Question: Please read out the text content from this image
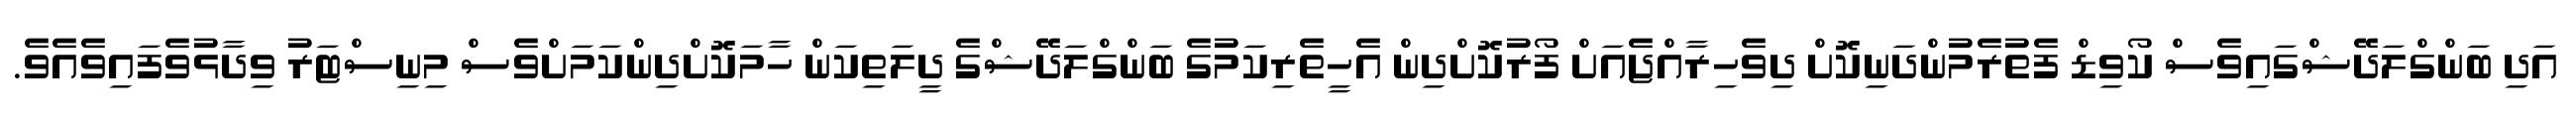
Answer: އަދި ބަންގްލަދޭޝްގައިވެސް ކޯވިޑް ފެތުރެމުންދަނިކޮށް ދިވެހިރާއްޖެއަށް ފޯރުކޮށްދިން އެހީތެރިކަމުގެ ބަންގްލަދޭޝްގެ ދީލަތިކަން ހާމަކޮށްދިންކަމަށްވެސް މިނިސްޓަރު ވިދާޅުވެފައިވެއެވެ.